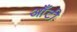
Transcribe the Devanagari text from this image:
आँटी